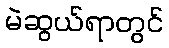
မဲဆွယ်ရာတွင်